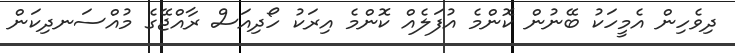
ދިވެހިން އެމީހަކު ބޭނުން ކޮންމެ އުފަލެއް ކޮންމެ އިރަކު ހޯދިއަސް ރާއްޖޭގެ މުއްސަނދިކަން